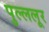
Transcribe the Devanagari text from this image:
पुल्ललूर